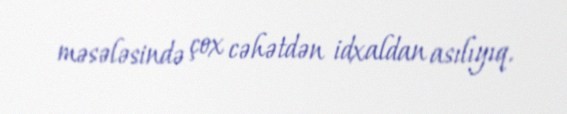
məsələsində çox cəhətdən idxaldan asılıyıq.